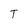
Character: T